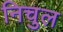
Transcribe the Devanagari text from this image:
निचुल